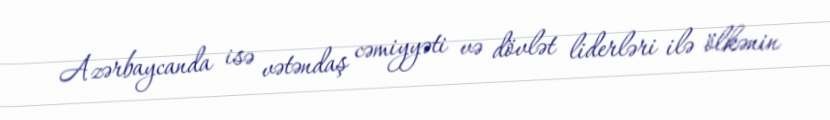
Azərbaycanda isə vətəndaş cəmiyyəti və dövlət liderləri ilə ölkənin